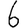
Digit: 6